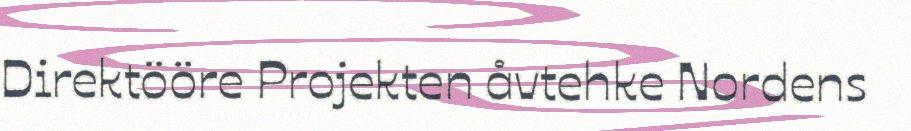
Direktööre Projekten åvtehke Nordens